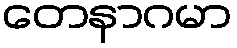
တေနာဂမာ